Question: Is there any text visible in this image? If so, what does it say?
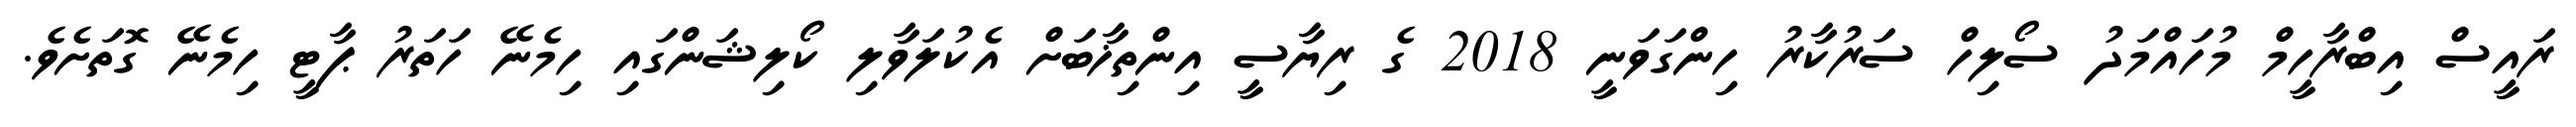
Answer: ރައީސް އިބްރާހީމް މުހައްމަދު ސޯލިހް ސަރުކާރު ހިންގަވަނީ 2018 ގެ ރިޔާސީ އިންތިޚާބަށް އެކުލަވާލި ކޯލިޝަންގައި ހިމެނޭ ހަތަރު ޕާޓީ ހިމެނޭ ގޮތަށެވެ.